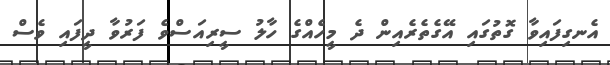
އެނގިފައިވާ ގޮތުގައި އޭގެތެރެއިން ދެ މީހެއްގެ ހާލު ސީރިއަސްވެ ފަރުވާ ދީފައި ވެސް